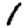
Digit: 1